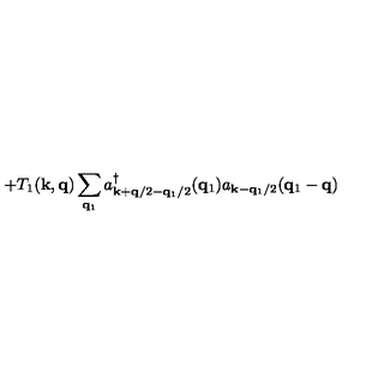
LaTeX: + T _ { 1 } ( { \bf { k } } , { \bf { q } } ) \sum _ { { \bf { q } } _ { 1 } } a _ { { \bf { k } } + { \bf { q } } / 2 - { \bf { q } } _ { 1 } / 2 } ^ { \dagger } ( { \bf { q } } _ { 1 } ) a _ { { \bf { k } } - { \bf { q } } _ { 1 } / 2 } ( { \bf { q } } _ { 1 } - { \bf { q } } )